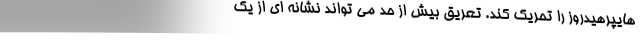
هایپرهیدروز را تحریک کند. تعریق بیش از حد می تواند نشانه ای از یک